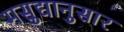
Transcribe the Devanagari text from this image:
मसुद्यानुसार